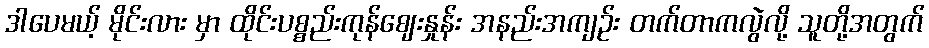
ဒါပေမယ့် မိုင်းလား မှာ ထိုင်းပစ္စည်းကုန်ဈေးနှုန်း အနည်းအကျဉ်း တက်တာကလွဲလို့ သူတို့အတွက်